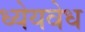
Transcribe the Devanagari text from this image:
ध्येयवेध